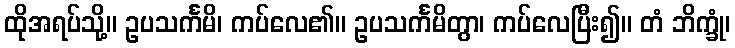
ထိုအရပ်သို့။ ဥပသင်္ကမိ၊ ကပ်လေ၏။ ဥပသင်္ကမိတွာ၊ ကပ်လေပြီး၍။ တံ ဘိက္ခုံ၊